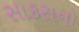
સાકસનો